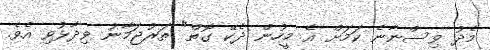
މެދު ވިސްނާނެ ކަމަށް އެ މީހުން ދެކޭ ގޮތް" ތަރުޖަމާނު ވިދާޅުވި އެވެ.